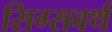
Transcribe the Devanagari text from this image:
सिग्सवर्थ